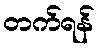
တက်ရန်